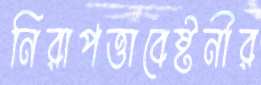
নিরাপত্তাবেষ্টনীর